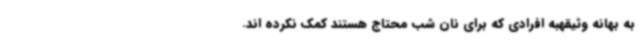
به بهانه وثیقهبه افرادی که برای نان شب محتاج هستند کمک نکرده اند.